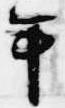
年